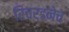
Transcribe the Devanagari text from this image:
रिचर्डनेच